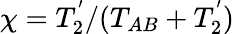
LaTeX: \chi=T_{2}^{'}/(T_{AB}+T_{2}^{'})